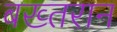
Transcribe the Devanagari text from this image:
बख्तरान